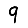
Digit: 9